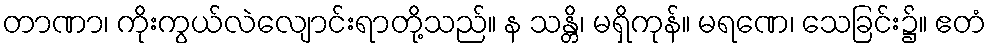
တာဏာ၊ ကိုးကွယ်လဲလျောင်းရာတို့သည်။ န သန္တိ၊ မရှိကုန်။ မရဏေ၊ သေခြင်း၌။ ဧတံ